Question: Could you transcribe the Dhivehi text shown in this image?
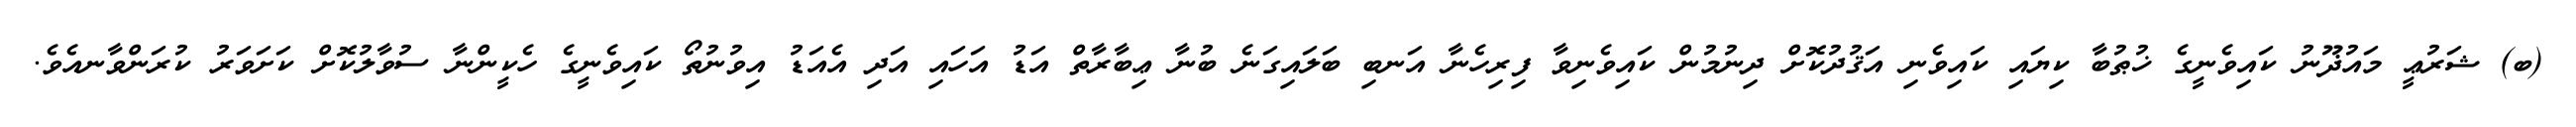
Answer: (ބ) ޝަރުޢީ މައުޛޫނު ކައިވެނީގެ ޚުޠުބާ ކިޔައި ކައިވެނި އަޤުދުކޮށް ދިނުމުން ކައިވެނިވާ ފިރިހެނާ އަނބި ބަލައިގަނެ ބުނާ ޢިބާރާތް އަޑު އަހައި އަދި އެއަޑު އިވުނުތޯ ކައިވެނީގެ ހެކީންނާ ސުވާލުކޮށް ކަށަވަރު ކުރަންވާނއެވެ.